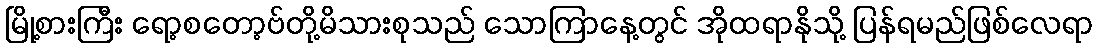
မြို့စားကြီး ရော့စတော့ဗ်တို့မိသားစုသည် သောကြာနေ့တွင် အိုထရာနိုသို့ ပြန်ရမည်ဖြစ်လေရာ